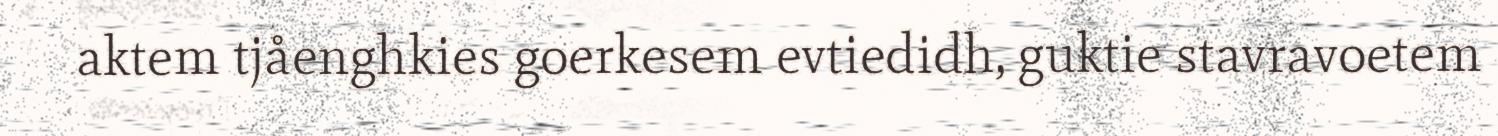
aktem tjåenghkies goerkesem evtiedidh, guktie stavravoetem